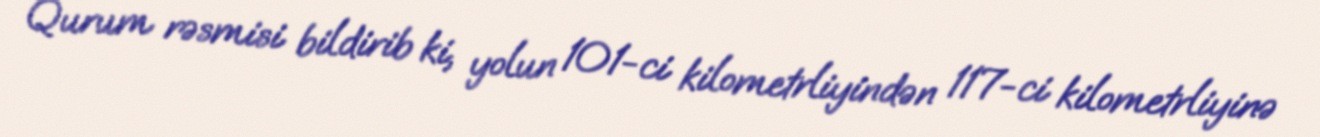
Qurum rəsmisi bildirib ki, yolun 101-ci kilometrliyindən 117-ci kilometrliyinə